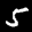
Label: 5